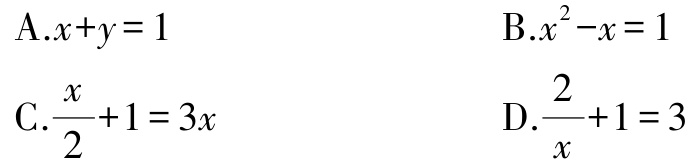
A.$x + y = 1$

B.$x^{2}-x = 1$

C.$\frac{x}{2}+1 = 3x$

D.$\frac{2}{x}+1 = 3$